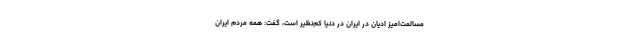
مسالمت‌امیز ادیان در ایران در دنیا کم‌نظیر است، گفت: همه مردم ایران